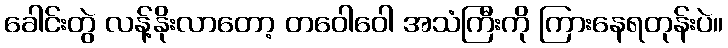
ခေါင်းတွဲ လန့်နိုးလာတော့ တဝေါဝေါ အသံကြီးကို ကြားနေရတုန်းပဲ။